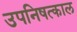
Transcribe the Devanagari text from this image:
उपनिषत्काल